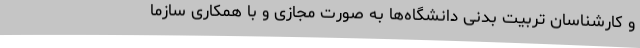
و کارشناسان تربیت بدنی دانشگاه‌ها به صورت مجازی و با همکاری سازما